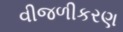
વીજળીકરણ